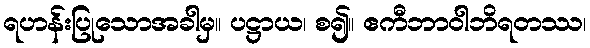
ရဟန်းပြုသောအခါမှ။ ပဋ္ဌာယ၊ စ၍။ ဧကီဘာဝါဘိရတဿ၊